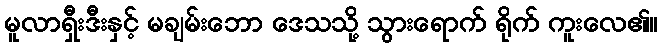
မူလာရှီးဒီးနှင့် မချမ်းဘော ဒေသသို့ သွားရောက် ရိုက် ကူးလေ၏။